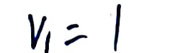
$v _ { 1 } = 1$